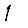
Digit: 1